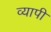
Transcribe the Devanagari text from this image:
व्‍यापी